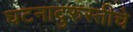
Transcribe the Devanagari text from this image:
घटनादुरुस्तीचे